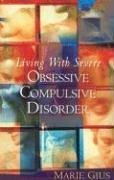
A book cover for Living With Severe Obsessive Compulsive Disorder; Marie Gius; Health, Fitness & Dieting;